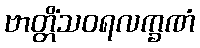
ဗာတ္တိံသဝရလက္ခဏံ